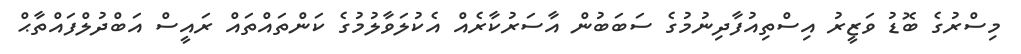
މިސްރުގެ ބޮޑު ވަޒީރު އިސްތިއުފާދިނުމުގެ ސަބަބުން އާސަރުކާރެއް އެކުލަވާލުމުގެ ކަންތައްތައް ރައީސް އަބްދުލްފައްތާޙް